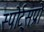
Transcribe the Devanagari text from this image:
स्पोर्ट्‌सप्रो